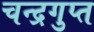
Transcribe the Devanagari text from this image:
चन्‍द्रगुप्‍त